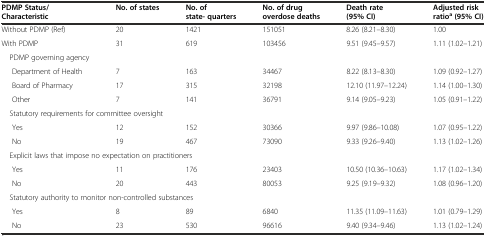
| PDMP Status/Characteristic | No. of states | No. of state- quarters | No. of drug overdose deaths | Death rate (95% CI) | Adjusted risk ratioa(95% CI) |
 | --- | --- | --- | --- | --- | --- |
 | Without PDMP (Ref) | 20 | 1421 | 151051 | 8.26 (8.21–8.30) | 1.00 |
 | With PDMP | 31 | 619 | 103456 | 9.51 (9.45–9.57) | 1.11 (1.02–1.21) |
 | PDMP governing agency |  |  |  |  |  |
 | Department of Health | 7 | 163 | 34467 | 8.22 (8.13–8.30) | 1.09 (0.92–1.27) |
 | Board of Pharmacy | 17 | 315 | 32198 | 12.10 (11.97–12.24) | 1.14 (1.00–1.30) |
 | Other | 7 | 141 | 36791 | 9.14 (9.05–9.23) | 1.05 (0.91–1.22) |
 | <COLSPAN=3> Statutory requirements for committee oversight |  |  |  |
 | Yes | 12 | 152 | 30366 | 9.97 (9.86–10.08) | 1.07 (0.95–1.22) |
 | No | 19 | 467 | 73090 | 9.33 (9.26–9.40) | 1.13 (1.02–1.26) |
 | <COLSPAN=4> Explicit laws that impose no expectation on practitioners |  |  |
 | Yes | 11 | 176 | 23403 | 10.50 (10.36–10.63) | 1.17 (1.02–1.34) |
 | No | 20 | 443 | 80053 | 9.25 (9.19–9.32) | 1.08 (0.96–1.20) |
 | <COLSPAN=4> Statutory authority to monitor non-controlled substances |  |  |
 | Yes | 8 | 89 | 6840 | 11.35 (11.09–11.63) | 1.01 (0.79–1.29) |
 | No | 23 | 530 | 96616 | 9.40 (9.34–9.46) | 1.13 (1.02–1.24) |